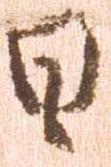
日